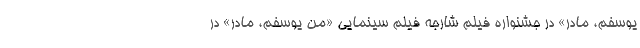
يوسفم، مادر» در جشنواره فيلم شارجه فيلم سينمایی «من يوسفم، مادر» در